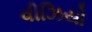
વીઝિયો